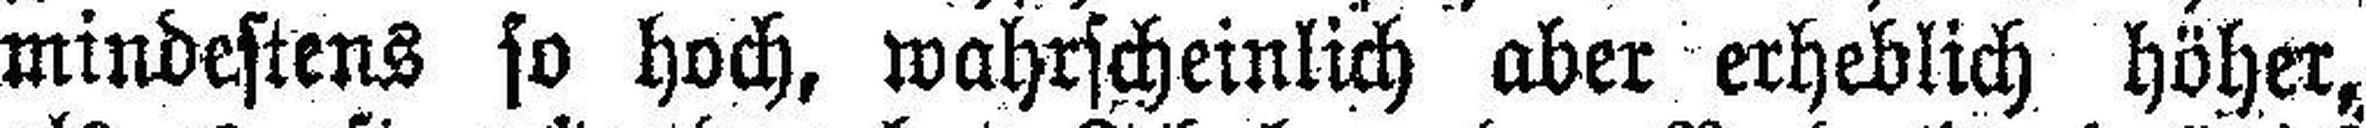
mindestens so hoch, wahrscheinlich aber erheblich höher,